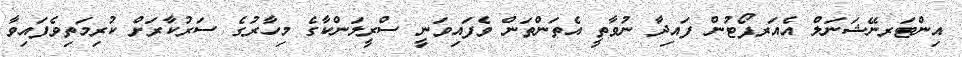
އިންޓަރނޭޝަނަލް އެއަރޕޯޓުން ފައިދާ ނުވާތީ އެތަންތަން ވެފައިވަނީ ސްރީލަންކާގެ މިހާރުގެ ސަރުކާރަށް ކުރިމަތިވެފައިވާ